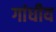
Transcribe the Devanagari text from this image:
गांधीय